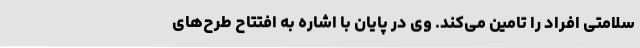
سلامتی افراد را تامین می‌کند. وی در پایان با اشاره به افتتاح طرح‌های